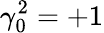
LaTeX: \gamma_{0}^{2}={+1}